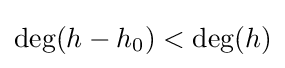
\deg(h-h_{0})<\deg(h)